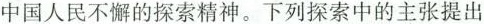
中国人民不懈的探索精神。下列探索中的主张提出